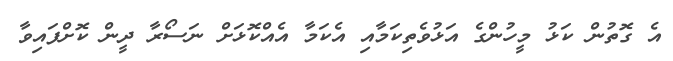
އެ ގޮތުން ކަޅު މީހުންގެ އަޅުވެތިކަމާއި އެކަމާ އެއްކޮޅަށް ނަސޯރާ ދީން ކޮށްފައިވާ